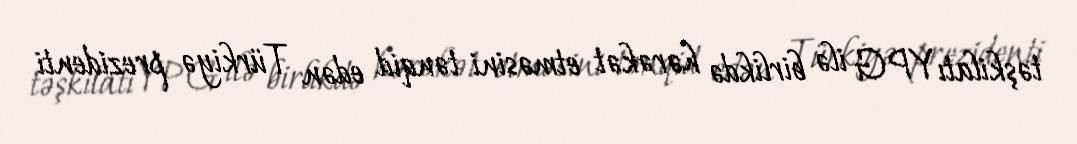
təşkilatı YPG ilə birlikdə hərəkət etməsini tənqid edən Türkiyə prezidenti